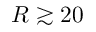
R \gtrsim 2 0